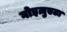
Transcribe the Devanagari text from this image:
गोइज़ुएटा